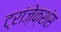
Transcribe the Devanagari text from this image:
ट्रांज़ेक्शंस